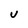
Character: U